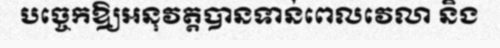
បច្ចេកឱ្យអនុវត្តបានទាន់ពេលវេលា និង